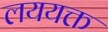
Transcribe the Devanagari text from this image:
लययक्त